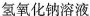
氢氧化钠溶液